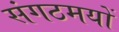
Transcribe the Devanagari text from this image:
संगठमयों